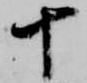
十